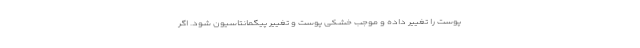
پوست را تغییر داده و موجب خشکی پوست و تغییر پیگمانتاسیون شود. اگر